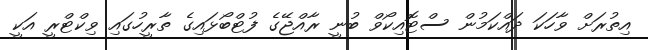
އިތުރަށް ވާހަކަ ދައްކަމުން ސްޓޮއިކޯވް ބުނީ ރާއްޖޭގެ ފުޓްބޯޅައިގެ ތާރީހުގައި ވިކްޓްރީ އަކީ